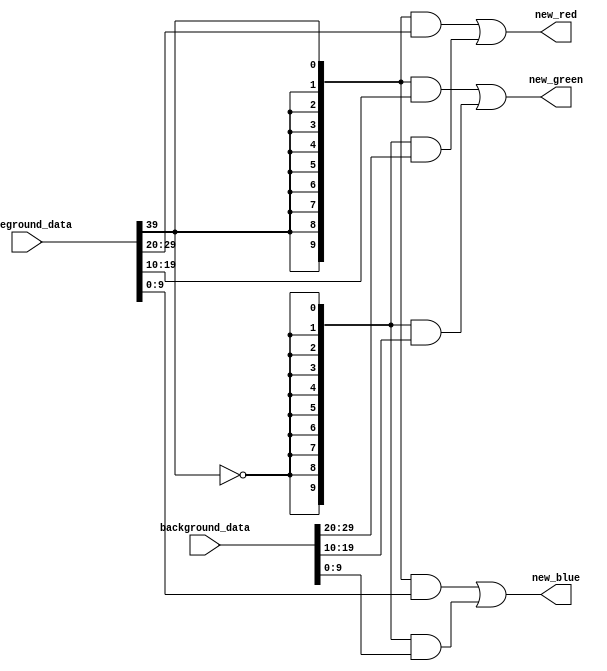
module altera_up_video_alpha_blender_simple (
	background_data,
	foreground_data,
	new_red,
	new_green,
	new_blue
);
input			[29: 0]	background_data;
input			[39: 0]	foreground_data;
output		[ 9: 0]	new_red;
output		[ 9: 0]	new_green;
output		[ 9: 0]	new_blue;
assign new_red		= 
		(({10{foreground_data[39]}} & foreground_data[29:20]) |
		({10{~foreground_data[39]}} & background_data[29:20]));
assign new_green	= 
		(({10{foreground_data[39]}} & foreground_data[19:10]) |
		({10{~foreground_data[39]}} & background_data[19:10]));
assign new_blue		= 
		(({10{foreground_data[39]}} & foreground_data[ 9: 0]) |
		({10{~foreground_data[39]}} & background_data[ 9: 0]));
endmodule